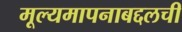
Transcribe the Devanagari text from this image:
मूल्यमापनाबद्दलची